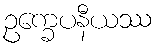
ဥက္ခေပနီယဿ